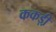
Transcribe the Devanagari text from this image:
ककड़ी़